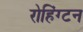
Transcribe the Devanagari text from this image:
रोहिंग्टन